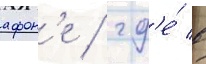
афон'е / гд'е́ в